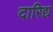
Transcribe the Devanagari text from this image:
दारिद्य